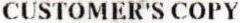
CUSTOMER'S COPY